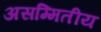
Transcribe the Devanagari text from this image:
असम्मितीय